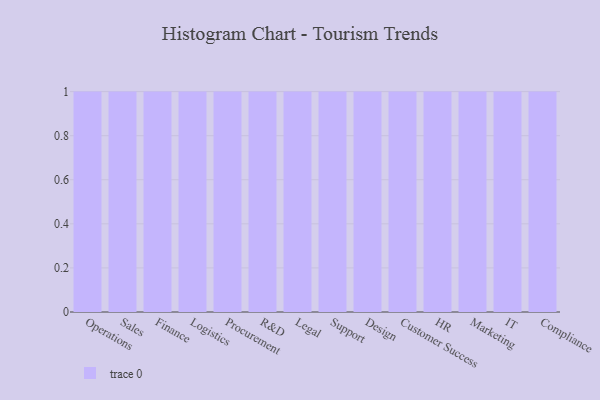
{"axis": {"x": "Department", "y": "Gross Profit (USD K)"}, "legend": [""], "data": [{"x": "Operations", "y": 13, "type": ""}, {"x": "Sales", "y": 20, "type": ""}, {"x": "Finance", "y": 12, "type": ""}, {"x": "Logistics", "y": 10, "type": ""}, {"x": "Procurement", "y": 34, "type": ""}, {"x": "R&D", "y": 75, "type": ""}, {"x": "Legal", "y": 22, "type": ""}, {"x": "Support", "y": 19, "type": ""}, {"x": "Design", "y": 43, "type": ""}, {"x": "Customer Success", "y": 33, "type": ""}, {"x": "HR", "y": 88, "type": ""}, {"x": "Marketing", "y": 56, "type": ""}, {"x": "IT", "y": 65, "type": ""}, {"x": "Compliance", "y": 12, "type": ""}]}